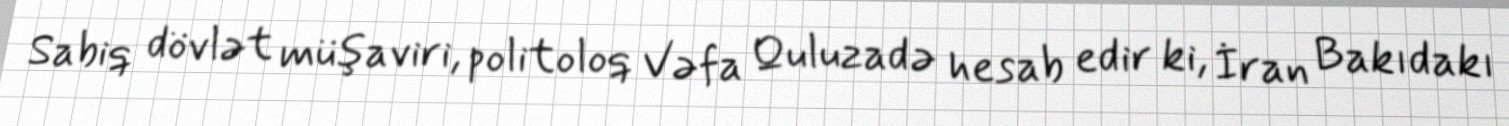
Sabiq dövlət müşaviri, politoloq Vəfa Quluzadə hesab edir ki, İran Bakıdakı